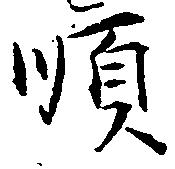
順